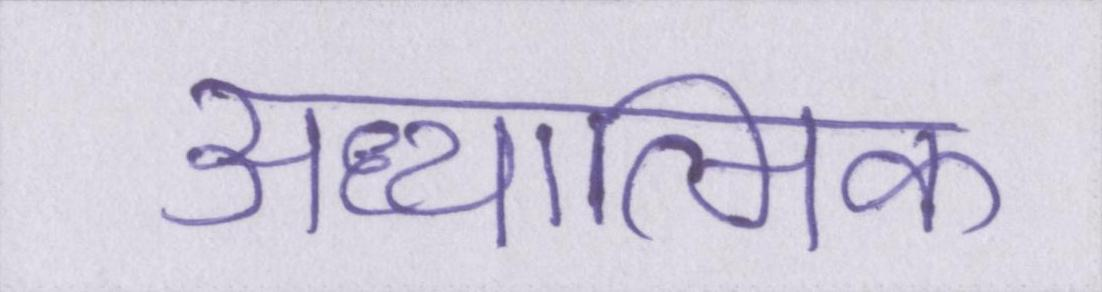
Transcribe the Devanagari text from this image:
अध्यात्मिक